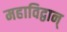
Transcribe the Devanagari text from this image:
महाविद्वान्